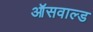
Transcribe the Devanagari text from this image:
ऑसवाल्ड